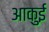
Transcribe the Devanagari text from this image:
आकुई